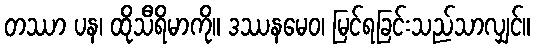
တဿာ ပန၊ ထိုသီရိမာကို။ ဒဿနမေဝ၊ မြင်ရခြင်းသည်သာလျှင်။